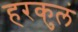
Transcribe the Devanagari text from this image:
हरकुलं